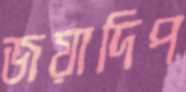
জয়াদিপ